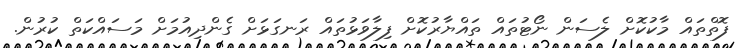
ފޮތްތައް މާކުކޮށް ލެސަން ނޯޓުތައް ތައްޔާރުކޮށް ފިލާވަޅުތައް ރަނގަޅަށް ގެންދިއުމަށް މަސައްކަތް ކުރުން.